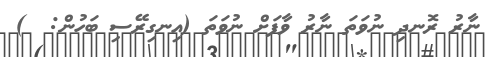
ނާރު ރޮނދި ނުވަތަ ނާރު ވާފަށް ނުވަތަ (އިނގިރޭސި ބަހުން:  )